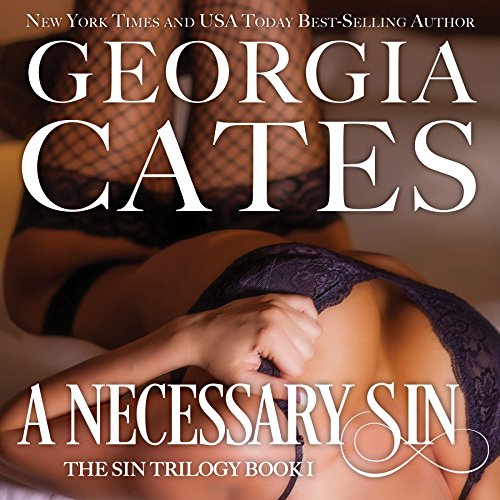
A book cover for A Necessary Sin; Georgia Cates; Romance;